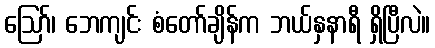
ဪ၊ ဘေကျင်း စံတော်ချိန်က ဘယ်နှနာရီ ရှိပြီလဲ။